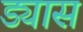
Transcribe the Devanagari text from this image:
ड्यास